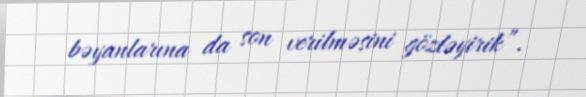
bəyanlarına da son verilməsini gözləyirik”.